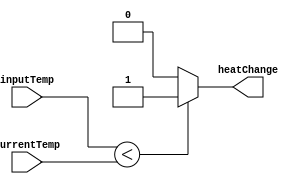
module compareTemp(input inputTemp, currentTemp, output reg heatChange);
	
	always @(inputTemp) begin	
			if(inputTemp < currentTemp) begin 
				heatChange = 1;
			end else begin
				heatChange = 0;
			end
	end
endmodule